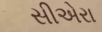
સીએરા